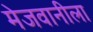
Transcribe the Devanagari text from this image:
मेजवानीला